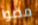
مضوا